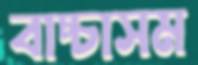
বাচ্চাসম